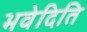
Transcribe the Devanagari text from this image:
भवेदिति